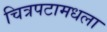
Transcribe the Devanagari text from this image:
चित्रपटामधला